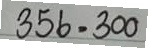
356 = 300